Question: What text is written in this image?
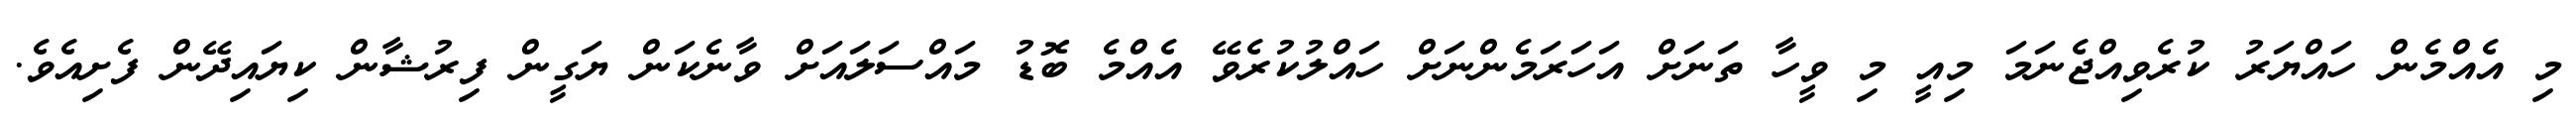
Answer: މި އެއްމެން ހައްޔަރު ކުރެވިއްޖެނަމަ މިއީ މި ވީހާ ތަނަށް އަހަރަމެންނަށް ހައްލުކުރެވޭ އެއްމެ ބޮޑު މައްސަލައަށް ވާނެކަން ޔަގީން ފިރުޝާން ކިޔައިދޭން ފެށިއެވެ.